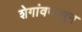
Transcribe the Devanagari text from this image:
शेगांवपासून